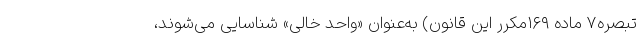
تبصره۷ ماده ۱۶۹مکرر این قانون) به‌عنوان «واحد خالی» شناسایی می‌شوند،